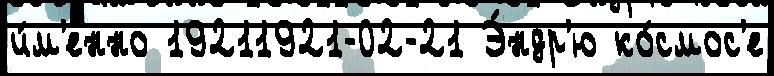
и́м'енно 19211921-02-21 Э́ндр'ю ко́смос'е